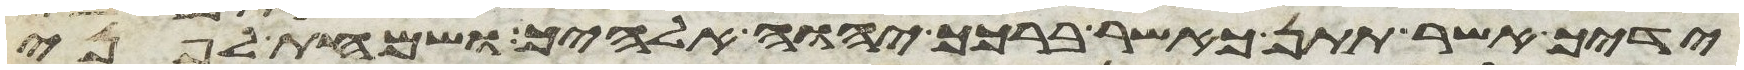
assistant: ידיך אשר תתן כאשר ברכך יהוה אלהיך ושמחת לפני